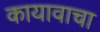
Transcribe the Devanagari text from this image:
कायावाचा